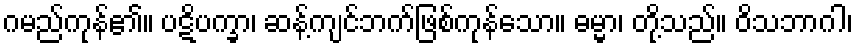
ဂမည်ကုန်၏။ ပဋိပက္ခာ၊ ဆန့်ကျင်ဘက်ဖြစ်ကုန်သော။ ဓမ္မာ၊ တို့သည်။ ဝိသဘာဂါ၊